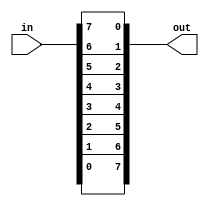
// Vectorr
// vector3PreviousNextvector4
// Given an 8-bit input vector [7:0], reverse its bit ordering.

// See also: Reversing a longer vector.

// Module Declaration
// module top_module( 
//     input [7:0] in,
//     output [7:0] out
// );
// Hint...
// assign out[7:0] = in[0:7]; does not work because Verilog does not allow vector bit ordering to be flipped.
// The concatenation operator may save a bit of coding, allowing for 1 assign statement instead of 8.

module top_module(
    input [7:0] in,
    output [7:0] out
);

assign out={in[0],in[1],in[2],in[3],in[4],in[5],in[6],in[7]};
//    assign { out[0], out[1], out[2], out[3], out[4], out[5], out[6], out[7] } = in;

endmodule